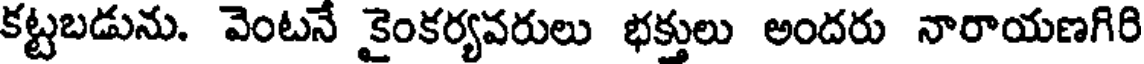
కట్టబడును. వెంటనే కైంకర్యవరులు భక్తులు అందరు నారాయణగిరి